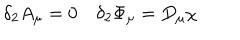
\delta _ { 2 } A _ { \mu } = 0 \quad \delta _ { 2 } \Phi _ { \mu } = D _ { \mu } \chi